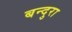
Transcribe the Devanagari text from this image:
बन्दुरा